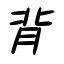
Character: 背